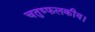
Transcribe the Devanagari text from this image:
चतुष्फलकीय।